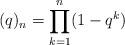
LaTeX: \begin{align*}(q)_n=\prod_{k=1}^n (1-q^k)\end{align*}